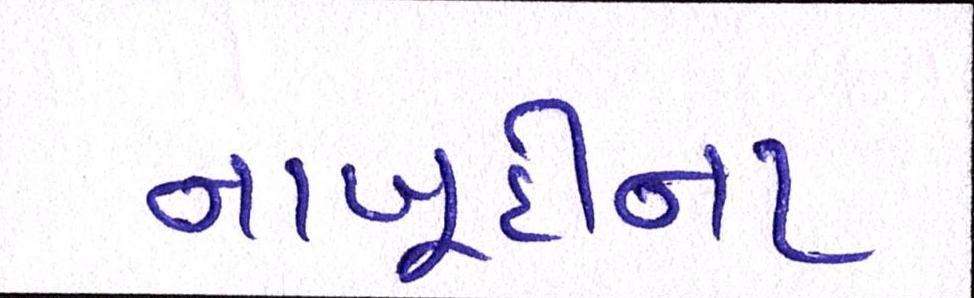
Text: નાબૂદીના